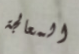
المعالجة